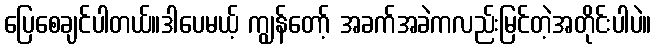
ပြေစေချင်ပါတယ်။ဒါပေမယ့် ကျွန်တော့် အခက်အခဲကလည်းမြင်တဲ့အတိုင်းပါပဲ။